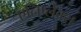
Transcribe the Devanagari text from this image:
एनिप्लेक्स